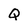
Character: Q